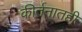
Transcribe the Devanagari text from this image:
कीर्तनातही